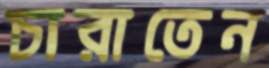
চারাতেন